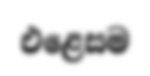
එළෙසම